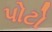
પોટો